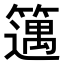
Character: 𥴪